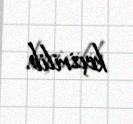
keçirilib.